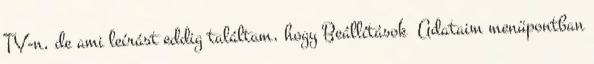
TV-n, de ami leírást eddig találtam, hogy Beállítások Adataim menüpontban